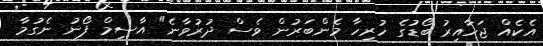
އެކެއް ޖަހާއިރު ބޯޑުގެ ހުރިހާ މެންބަރުން ވެސް ދުރުވާނެ" އާސިމް ފޯނު ނެގުމާ